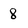
Character: 8